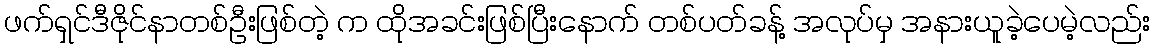
ဖက်ရှင်ဒီဇိုင်နာတစ်ဦးဖြစ်တဲ့ က ထိုအခင်းဖြစ်ပြီးနောက် တစ်ပတ်ခန့် အလုပ်မှ အနားယူခဲ့ပေမဲ့လည်း